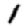
Digit: 1